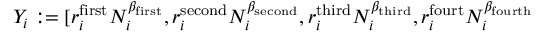
Y _ { i } : = [ r _ { i } ^ { \mathrm { f i r s t } } N _ { i } ^ { \beta _ { \mathrm { f i r s t } } } , r _ { i } ^ { \mathrm { s e c o n d } } N _ { i } ^ { \beta _ { \mathrm { s e c o n d } } } , r _ { i } ^ { \mathrm { t h i r d } } N _ { i } ^ { \beta _ { \mathrm { t h i r d } } } , r _ { i } ^ { \mathrm { f o u r t } } N _ { i } ^ { \beta _ { \mathrm { f o u r t h } } }